Elephants and their diseases
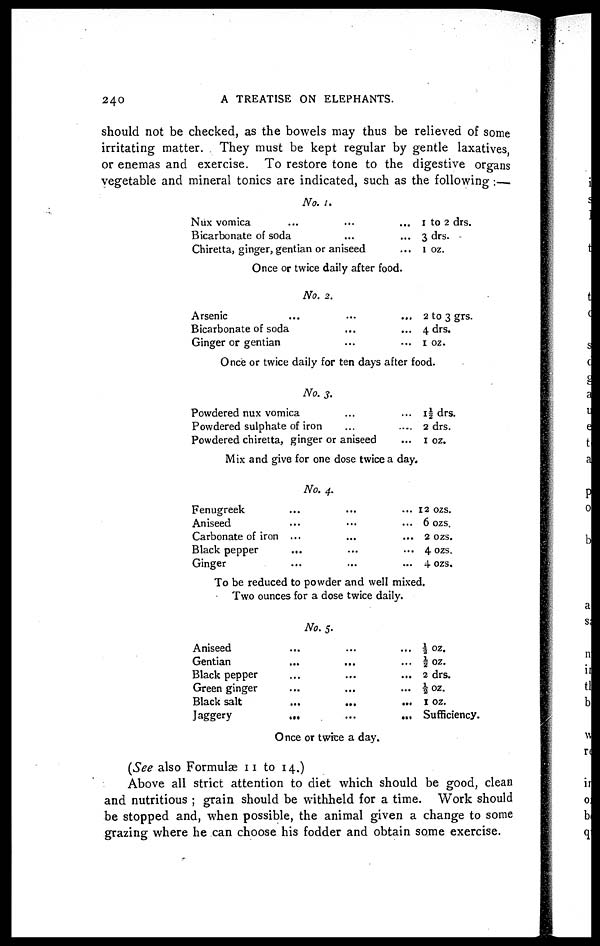
240
A TREATISE ON ELEPHANTS.
should not be checked, as the bowels may thus be relieved of some
irritating matter. They must be kept regular by gentle laxatives
or enemas and exercise. To restore tone to the digestive organs
vegetable and mineral tonics are indicated, such as the following :—
No. 1.
Nux
vomica...
...
Bicarbonate of soda......
Chiretta, ginger, gentian or aniseed...
1 to 2 drs.
3 drs.
1 oz.
Once or twice daily after food.
No. 2.
Arsenic...
...
Bicarbonate of soda......
Ginger or gentian......
2 to 3 grs.
4 drs.
1 oz.
Once or twice daily for ten days after food.
No. 3.
Powdered nux vomica......
Powdered sulphate of iron......
Powdered chiretta, ginger or aniseed...
1½ drs.
2 drs.
1 oz.
Mix and give for one dose twice a day.
No. 4.
Fenugreek ... ... ...
Aniseed ... ... ...
Carbonate of iron ... ... ...
Black pepper ... ... ...
Ginger ... ... ...
12
ozs.
6 ozs.
2
ozs.
4 ozs.
4 ozs.
To be reduced to powder and well mixed.
Two ounces for a dose twice daily.
No. 5.
Aniseed.........
Gentian.........
Black pepper.........
Green ginger.........
Black salt.........
Jaggery.........
½ oz.
½ oz.
2 drs.
½ oz.
1 oz.
Sufficiency.
Once or twice a day.
(See also Formulae 11 to 14.)
Above all strict attention to diet which should be good, clean
and nutritious ; grain should be withheld for a time. Work should
be stopped and, when possible, the animal given a change to some
grazing where he can choose his fodder and obtain some exercise.